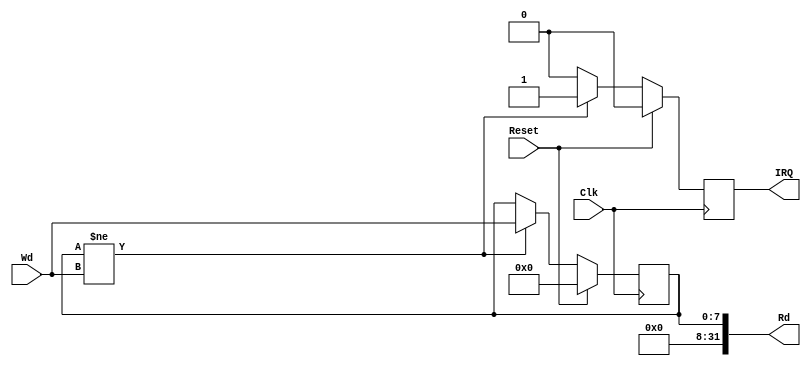
`timescale 1ns / 1ps
//////////////////////////////////////////////////////////////////////////////////
// Company: 
// Engineer: 
// 
// Design Name: 
// Module Name:    key 
// Project Name: 
// Target Devices: 
// Tool versions: 
// Description: 
//
// Dependencies: 
//
// Revision: 
// Revision 0.01 - File Created
// Additional Comments: 
//
//////////////////////////////////////////////////////////////////////////////////
module key(
    input [7:0] Wd,
	 input Clk,
    input Reset,
    output [31:0] Rd,
	 output reg IRQ
    );
	
	reg [7:0] data;
	assign Rd = {24'b0, data};
	
	always @(posedge Clk) begin
		IRQ = 1'b0;
		if (Reset) data = 8'b0;
		else if (data != Wd) begin
			data = Wd;
			IRQ = 1'b1;
		end
	end

endmodule